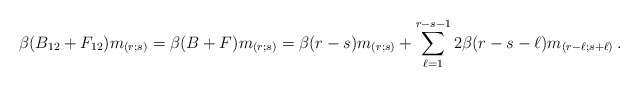
\begin{align*} \beta(B_{12}+F_{12})m_{(r;s)}= \beta(B+F)m_{(r;s)}= \beta(r-s) m_{(r;s)}+ \sum_{\ell=1}^{r-s-1} 2\beta(r-s-\ell) m_{(r-\ell;s+\ell)} \, .\end{align*}